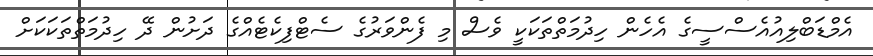
އެމްޑަބްލިއުއެސްސީގެ އެހެން ހިދުމަތްތަކަކީ ވެސް މި ފެންވަރުގެ ސެޓްފިކެޓެއްގެ ދަށުން ދޭ ހިދުމަތްތަކަކަށް